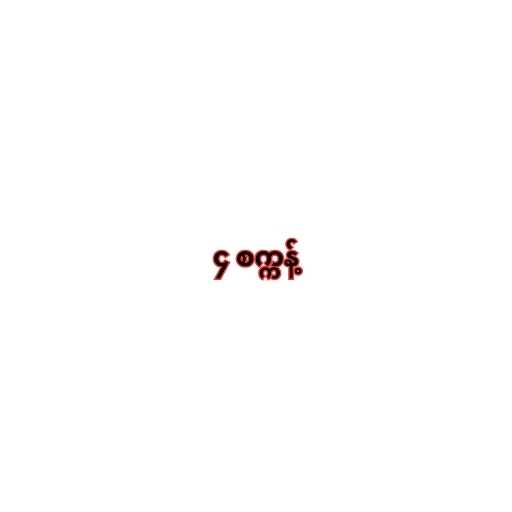
၄ စက္ကန့်